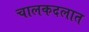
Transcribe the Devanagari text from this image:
चालकदलात